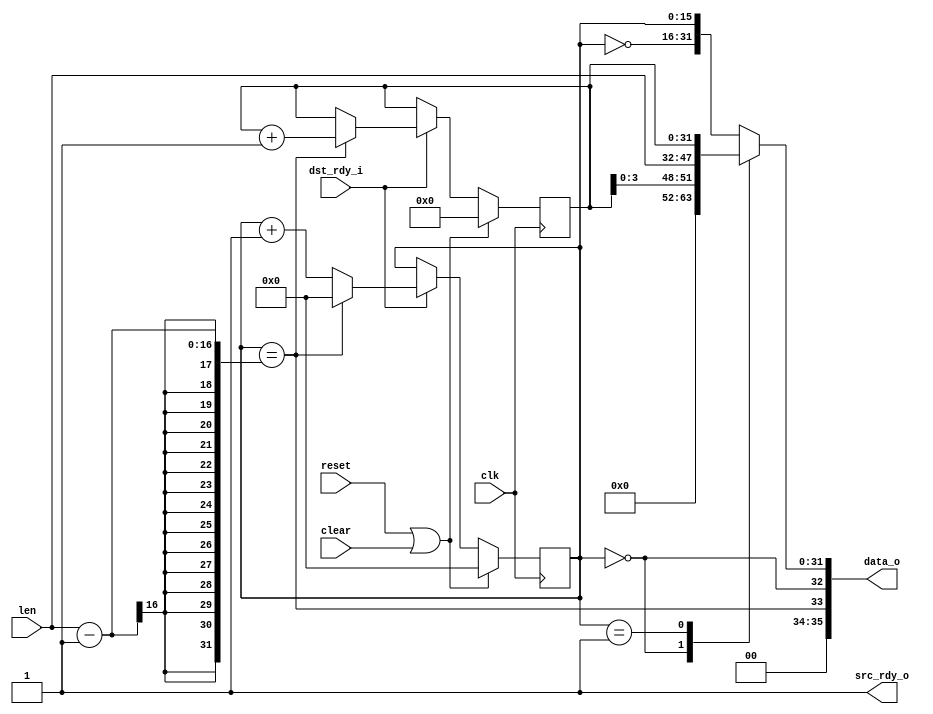
module vita_pkt_gen
  (input clk, input reset, input clear,
   input [15:0] len,
   output [35:0] data_o, output src_rdy_o, input dst_rdy_i);

   reg [15:0] 	     state;
   reg [31:0] 	     seq, data;
   
   wire 	     sof = (state == 0);
   wire 	     eof = (state == (len-1));
   wire 	     consume = src_rdy_o & dst_rdy_i;
   
   assign src_rdy_o = 1;

   always @(posedge clk)
     if(reset | clear)
       begin
	  state <= 0;
	  seq <= 0;
       end
     else
       if(consume)
	 if(eof)
	   begin
	      state <= 0;
	      seq <= seq + 1;
	   end
	 else
	   state <= state + 1;

   always @*
     case(state)
       0 :   data <= {24'h000,seq[3:0],len};
       1 :   data <= seq;
       default : data <= {~state,state};
     endcase // case (state)

   assign data_o = {2'b00, eof, sof, data};
   
endmodule